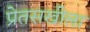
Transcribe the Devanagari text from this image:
प्रेतसखीला